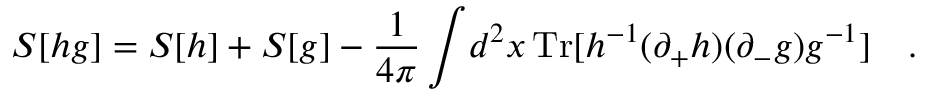
S [ h g ] = S [ h ] + S [ g ] - \frac { 1 } { 4 \pi } \int \! d ^ { 2 } x \, \mathrm { T r } [ h ^ { - 1 } ( \partial _ { + } h ) ( \partial _ { - } g ) g ^ { - 1 } ] \quad .